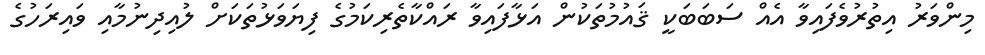
މިންވަރު އިތުރުވެފައިވާ އެއް ސަބަބަކީ ޤައުމުތަކުން އަޅާފައިވާ ރައްކާތެރިކަމުގެ ފިޔަވަޅުތަކަށް ލުއިދިނުމާއި ވައިރަހުގެ